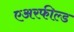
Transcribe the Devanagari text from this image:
एअरफील्ड